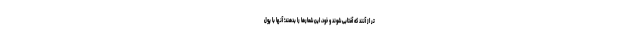
تر از آنند که آفتابی شوند و خود، این شعارها را بدهند؛ آنها با پول